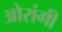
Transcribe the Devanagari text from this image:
ओरांगी